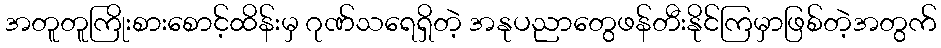
အတူတူကြိုးစားစောင့်ထိန်းမှ ဂုဏ်သရေရှိတဲ့ အနုပညာတွေဖန်တီးနိုင်ကြမှာဖြစ်တဲ့အတွက်